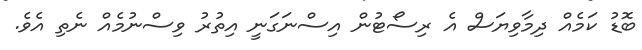
ބޮޑު ކަމެއް ދިމާވިޔަސް އެ ރިސޯޓުން އިސްނަގަނީ އިތުރު ވިސްނުމެއް ނެތި އެވެ.